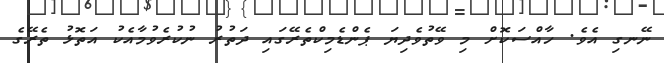
ނޭނގި އެވެ. ހާއްސަކޮށް މި ވޭތުވެދިޔަ ޕެންޑެމިކްތެރޭގައި ދަތުރު ނުކުރެވުމާއެކު އަތޮޅު ތެރޭގެ